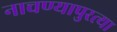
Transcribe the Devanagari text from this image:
नाचण्यापुरत्या